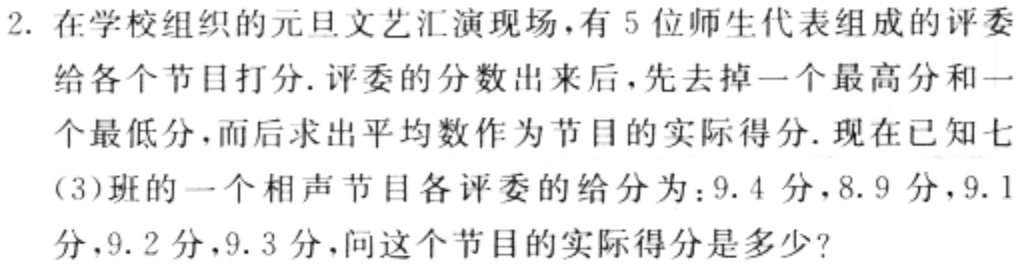
2. 在学校组织的元旦文艺汇演现场，有5位师生代表组成的评委给各个节目打分. 评委的分数出来后，先去掉一个最高分和一个最低分，而后求出平均数作为节目的实际得分. 现在已知七(3)班的一个相声节目各评委的给分为：9.4分，8.9分，9.1分，9.2分，9.3分，问这个节目的实际得分是多少？